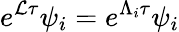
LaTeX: e^{\mathcal{L}\tau}\psi_{i}=e^{\Lambda_{i}\tau}\psi_{i}